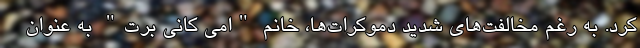
کرد. به رغم مخالفت‌های شدید دموکرات‌ها، خانم "امی کانی برت" به عنوان